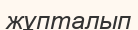
жұпталып